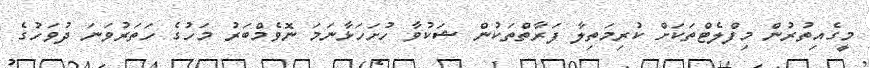
މީގެއިތުރުން މިފްލެޓްތަކަށް ކުރިމަތިލާ ފަރާތްތަކުން ޝަކުވާ ހުށަހަޅާނަމަ ނޮވެމްބަރު މަހުގެ ހަތަރުވަނަ ދުވަހުގެ